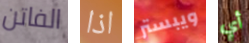
الفاتن اذا ويبستر أي